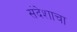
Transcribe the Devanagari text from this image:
संदेशाचा